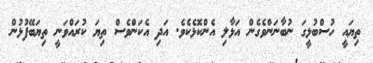
ތިޔައީ ހުސްބުޅީގަ ނުބާނަންވެގެން އަޅާލި އެންކޮޅެކެވެ. އަދި އެކަންވެސް ތިޔަ ކުރައްވަނީ ތިޔަބޭފުޅުން